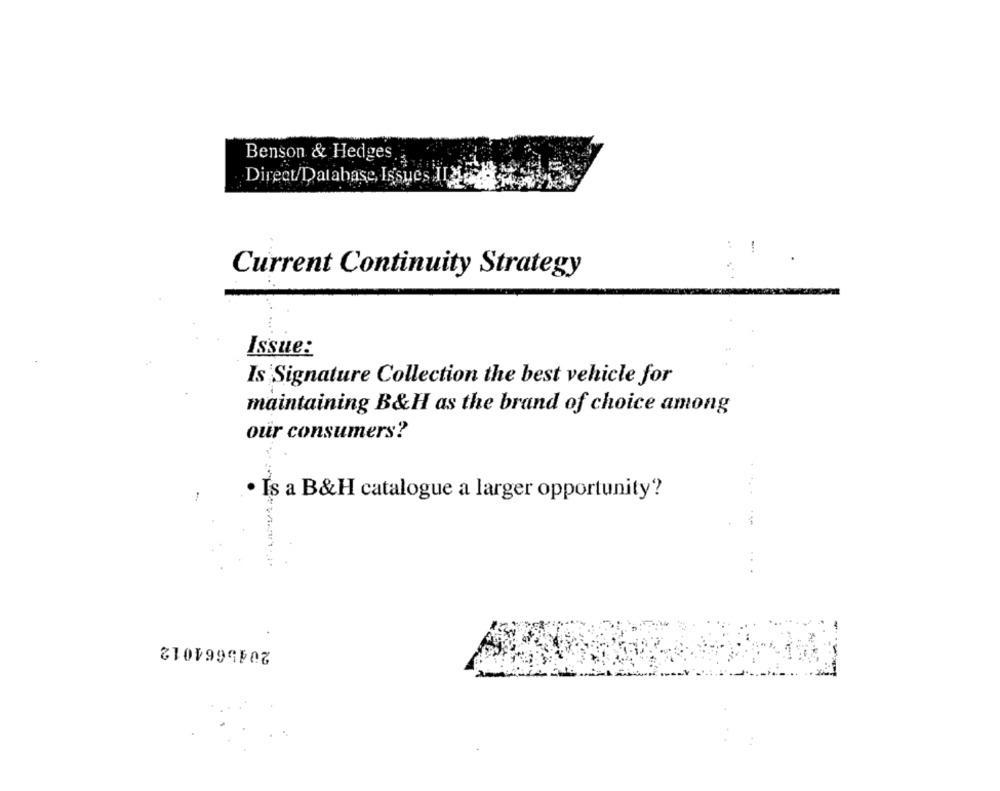
Benson & Hedges.
Direct/Database, Issues ILLE
Current Continuity Strategy
Issue:
Is Signature Collection the best vehicle for
maintaining B&H as the brand of choice among
our consumers?
· Is a B&H catalogue a larger opportunity'?
2045664012